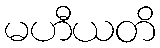
မဟီယတိ